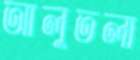
আলুতলা